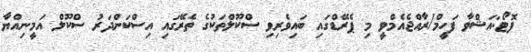
ފޮޓޯ:އަޝްވާ ފަހީމް/ރާއްޖެއެމްވީ މި ޕެރޭޑްގައި ބައިވެރިވި ސްކޫލްތަކުގެ ތެރޭގައި އިސްކަންދަރު ސްކޫލް އަމީނިއްޔާ